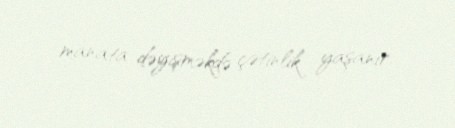
manata dəyişməkdə çətinlik yaşanır.